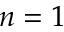
n = 1